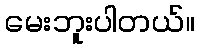
မေးဘူးပါတယ်။